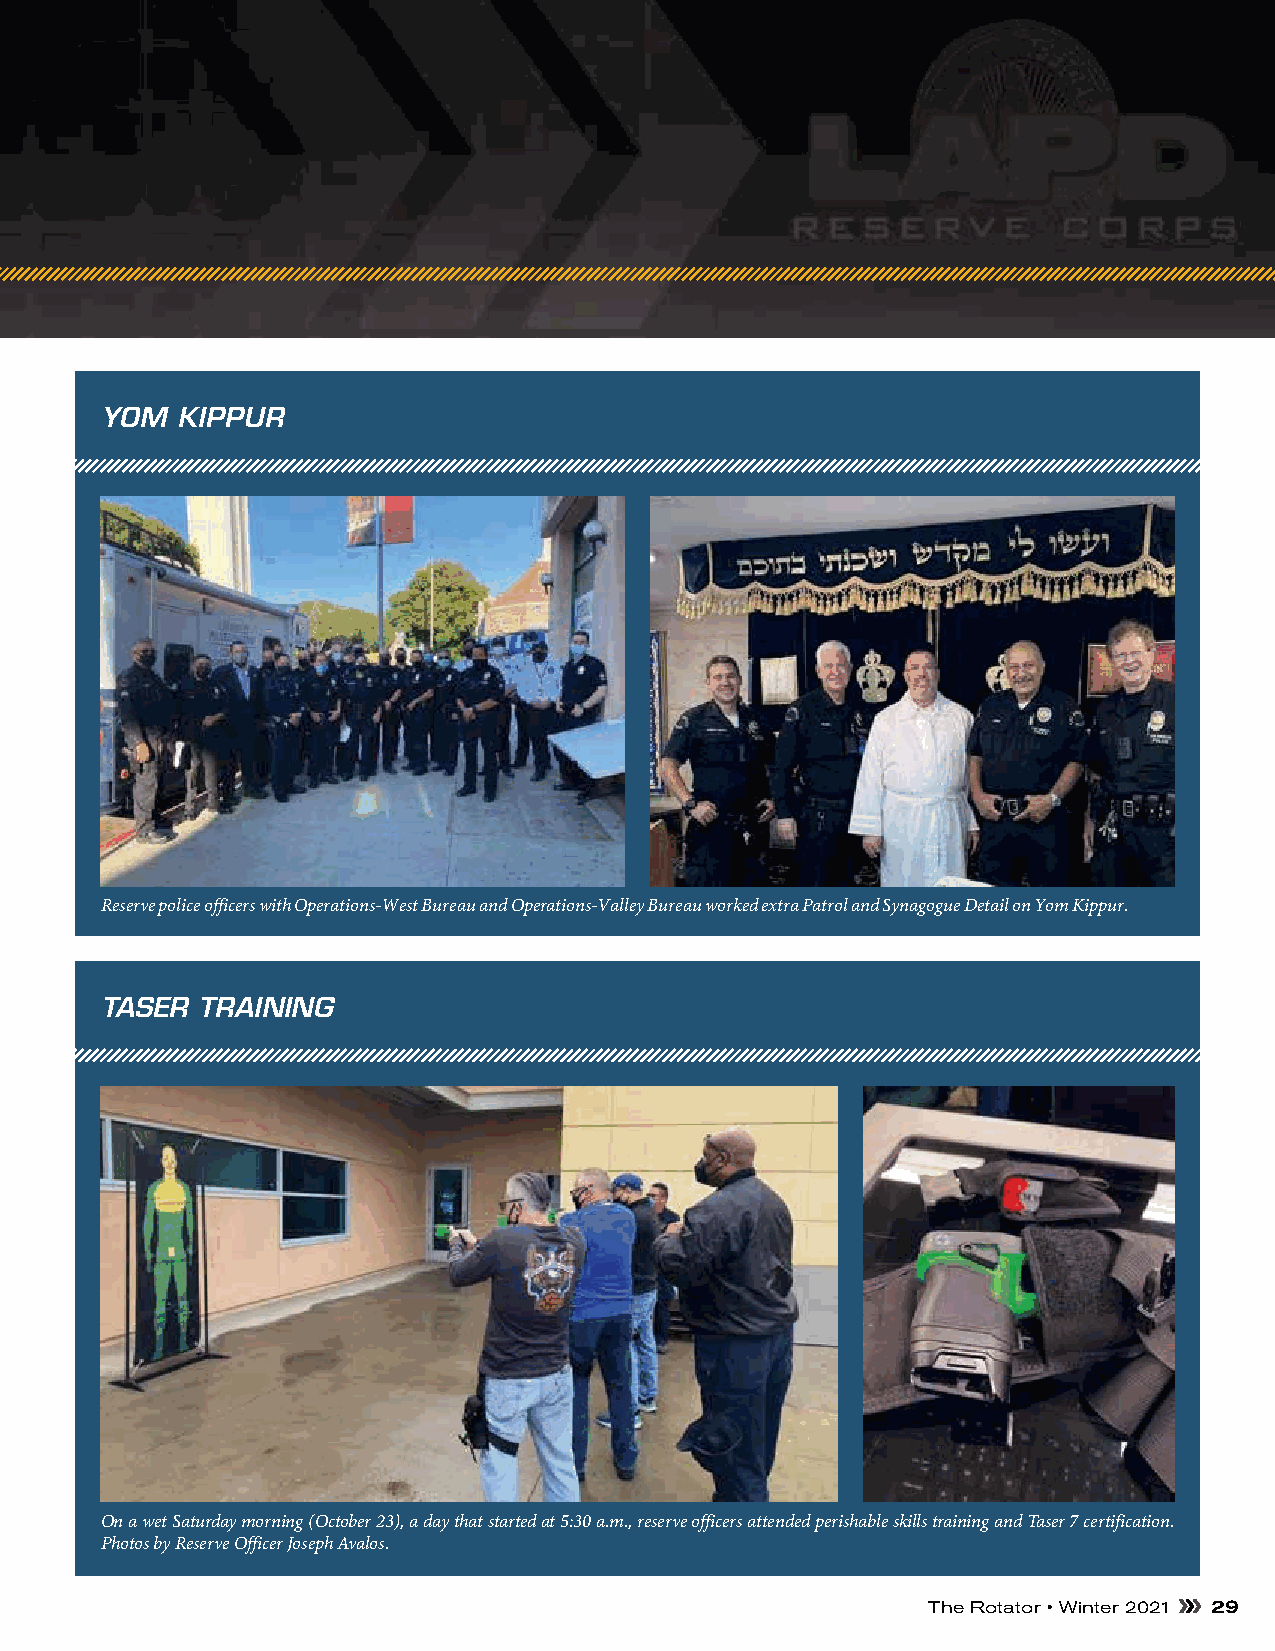
Reserve police officers with Operations–West Bureau and Operations–
 Valley Bureau worked extra Patrol and Synagogue Detail on Yom Kippur.
 YOM  KIPPUR
 Reserve police officers with Operations-West Bureau and Operations-Valley Bureau worked extra Patrol and Synagogue Detail on Yom Kippur.
 Reserve police officers with Operations–West Bureau and Operations–
 Valley Bureau worked extra Patrol and Synagogue Detail on Yom Kippur.
 TASER TRAINING
 On a wet Saturday morning (October 23), a day that started at 5:30 a.m., reserve officers attended perishable skills training and Taser 7 certification.
 Photos by Reserve Officer Joseph Avalos.
 The Rotator • Winter 2021 29